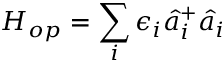
H _ { o p } = \sum _ { i } \epsilon _ { i } \hat { a } _ { i } ^ { + } \hat { a } _ { i }